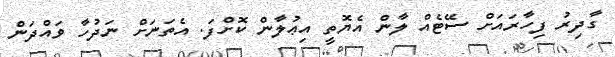
ގާދިރު ފިހާރައަށް ސޭޓެއް ލާން އެޔޮތީ އިޢުލާން ކޮށްފަ. އެތަނަށް ނަދުހާ ވައްދަން